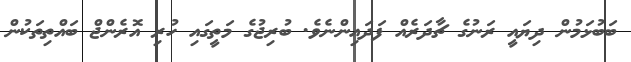
ބަބުޅަމުން ދިޔައީ ރަނުގެ ޗާދަރެއް ފަދައިންނެވެ. ބުރިޖުގެ މަތީގައި ހުރި އޮރެންޖް ބައްތިތަކުން